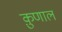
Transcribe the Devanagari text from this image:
क़ुणाल